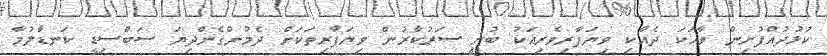
ކުޅުދުއްފުށިން ވާހަކަ ދެއްކި ވިޔަފާރިވެރިއަކު ބުނީ ސަރުކާރުން ވިޔަފާރިތަކަށް ދެމުންގެންދިޔަ ސަބްސިޑީ ކަނޑާލުމާ